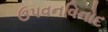
ઉપવનવિનોદ